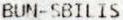
BUN-SBILIS